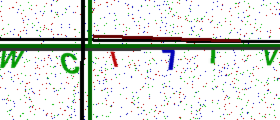
Text: WCI7IV